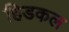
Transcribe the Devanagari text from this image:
हिडकल